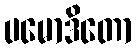
ပမောဒိတော